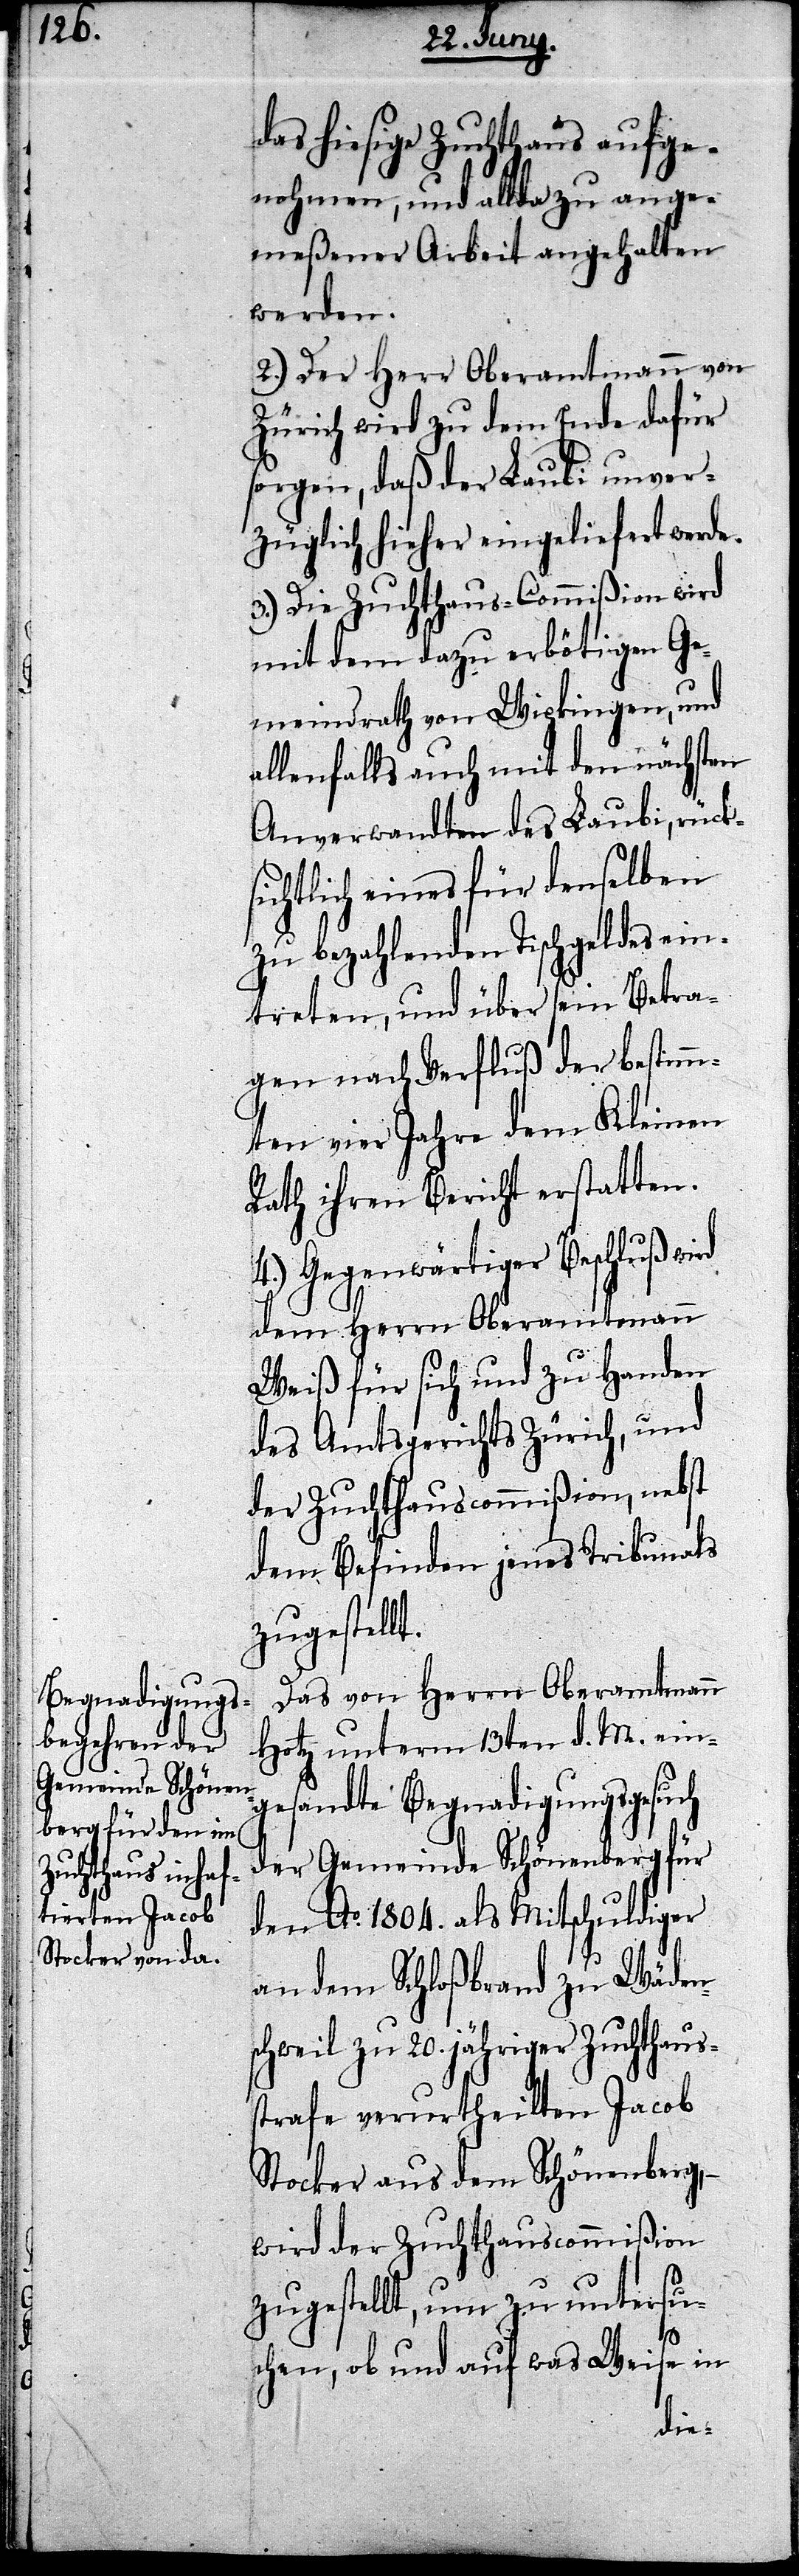
das hiesige Zuchthaus aufge¬
nohmen, und allda zu ange¬
meßener Arbeit angehalten
werden.
2.) Der Herr Oberamtmann von
Zürich wird zu dem Ende dafür
sorgen, daß der Laubi unver¬
züglich hieher eingeliefert werde.
3.) Die Zuchthaus-Commißion wird
mit dem dazu erbötigen Ge¬
meindrath von Wipkingen, und
allenfalls auch mit den nächsten
Anverwandten des Laubi, rück¬
sichtlich eines für denselben
zu bezahlenden Tischgeldes ein¬
treten, und über sein Betra¬
gen nach Verfluß der bestimm¬
ten vier Jahre dem Kleinen
Rath ihren Bericht erstatten.
4.) Gegenwärtiger Beschluß wird
dem Herrn Oberamtmann
Weiß für sich und zu Handen
des Amtsgerichts Zürich, und
der Zuchthauscommißion, nebst
dem Befinden jenes Tribunals
zugestellt.
Das von Herrn Oberamtmann
Hotz unterm 13ten d. M. ein¬
gesandte Begnadigungsgesuch
der Gemeinde Schönenberg für
den Ao. 1804. als Mitschuldiger
an dem Schloßbrand zu Wäde¬
hweil zu 20. jähriger Zuchthaus¬
strafe verurtheilten Jacob
Stocker aus dem Schönenberg, –
wird der Zuchthauscommißion
zugestellt, um zu untersu¬
chen, ob und auf was Weise in
nsc¬